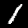
Label: 1